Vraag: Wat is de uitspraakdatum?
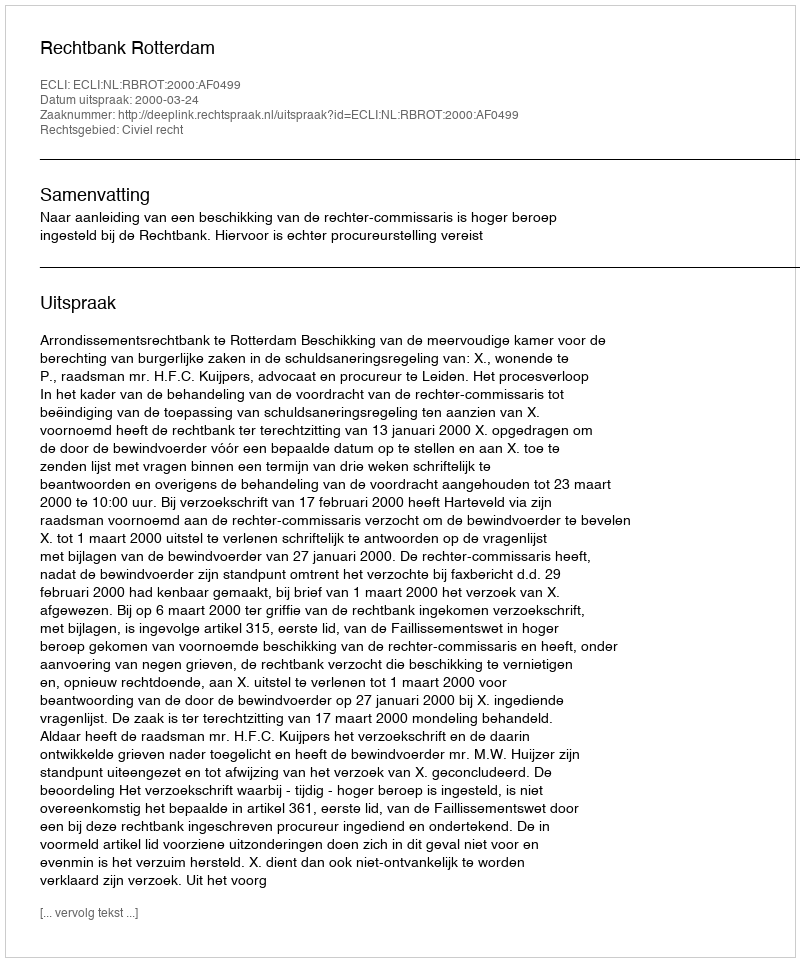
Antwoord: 2000-03-24